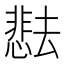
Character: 𫨰